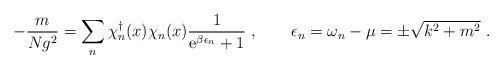
\begin{align*}- \frac{m}{Ng^2} = \sum_n \chi_n^{\dagger}(x) \chi_n(x) \frac{1}{{\rm e}^{\beta \epsilon_n}+1} \ , \qquad \epsilon_n=\omega_n-\mu=\pm \sqrt{k^2+m^2} \ .\end{align*}